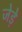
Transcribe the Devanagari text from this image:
जेड़े